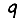
Digit: 9